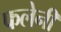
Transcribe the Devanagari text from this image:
फलेनी